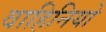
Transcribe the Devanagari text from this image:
वाहिनियो